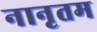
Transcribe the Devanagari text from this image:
नानृतम